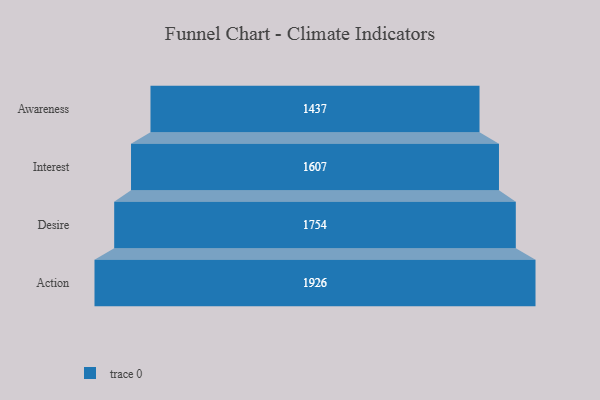
{"axis": {"x": "Stage", "y": "Value"}, "legend": [""], "data": [{"x": "Awareness", "y": 1437.0, "type": ""}, {"x": "Interest", "y": 1607.0, "type": ""}, {"x": "Desire", "y": 1754.0, "type": ""}, {"x": "Action", "y": 1926.0, "type": ""}]}